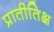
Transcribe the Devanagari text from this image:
प्रातीतिक्ष